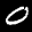
Label: 0